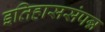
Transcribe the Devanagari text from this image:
इतिहाससंपन्न